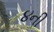
૪ની